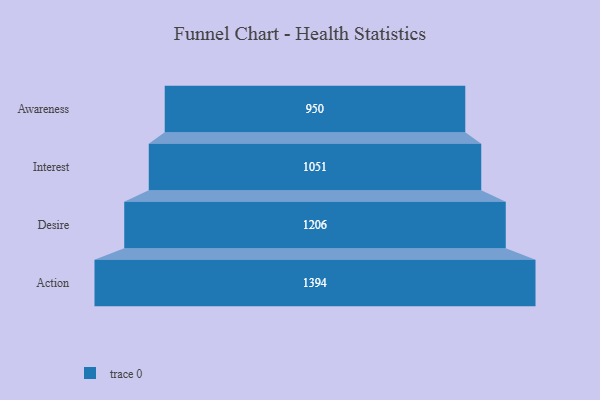
{"axis": {"x": "Stage", "y": "Value"}, "legend": [""], "data": [{"x": "Awareness", "y": 950.0, "type": ""}, {"x": "Interest", "y": 1051.0, "type": ""}, {"x": "Desire", "y": 1206.0, "type": ""}, {"x": "Action", "y": 1394.0, "type": ""}]}